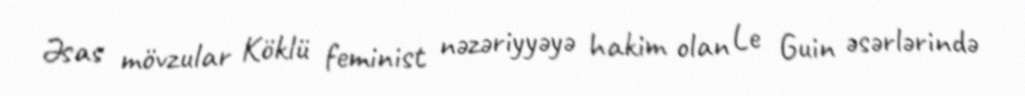
Əsas mövzular Köklü feminist nəzəriyyəyə hakim olan Le Guin əsərlərində